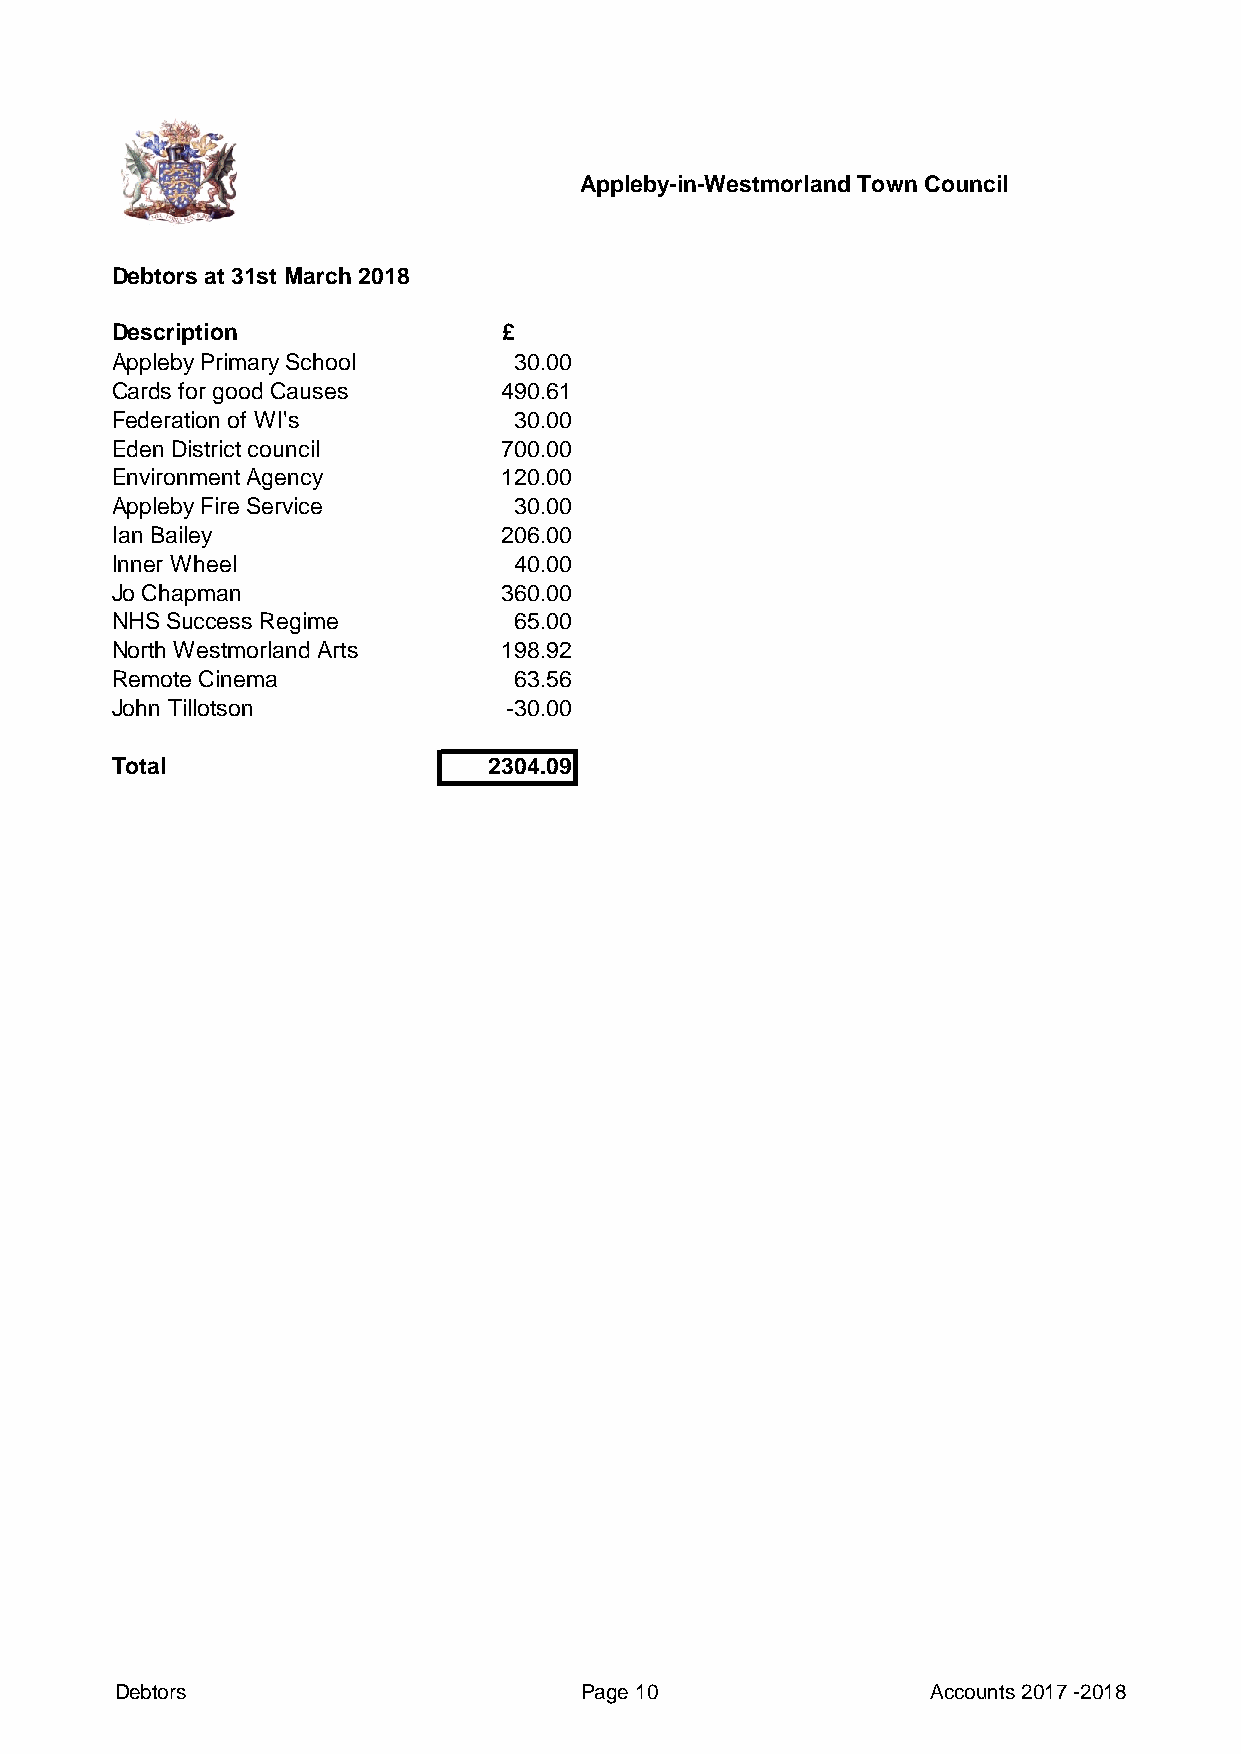
Appleby-in-Westmorland Town Council
 Debtors at 31st March 2018
 Description               £
 Appleby Primary School     30.00
 Cards for good Causes     490.61
 Federation of WI's         30.00
 Eden District council     700.00
 Environment Agency        120.00
 Appleby Fire Service       30.00
 Ian Bailey                206.00
 Inner Wheel                40.00
 Jo Chapman                360.00
 NHS Success Regime         65.00
 North Westmorland Arts    198.92
 Remote Cinema              63.56
 John Tillotson            -30.00
 Total                    2304.09
 Debtors                       Page 10                 Accounts 2017 -2018